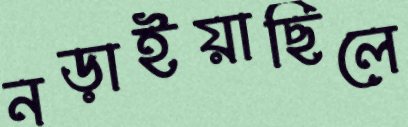
নড়াইয়াছিলে